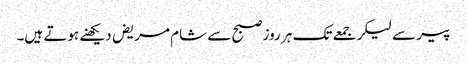
پیر سے لیکر جمعے تک ہر روز صبح سے شام مریض دیکھنے ہوتے ہیں۔